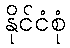
နိုင်ငံစုံ